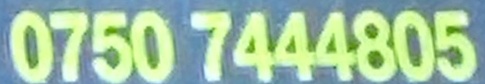
0750 7444805